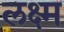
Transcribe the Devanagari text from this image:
लक्ष्म